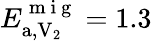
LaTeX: E_{\mathrm{a},\mathrm{V}_{2}}^{\mathrm{~m~i~g~}}=1.3